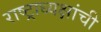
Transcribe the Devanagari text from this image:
राष्ट्राध्यक्षांची